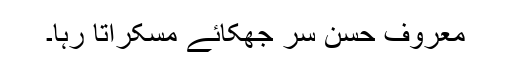
معروف حسن سر جھکائے مسکراتا رہا۔